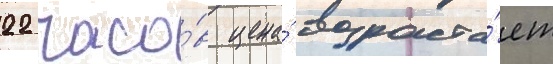
22 часо́в цена́ возраста́ет